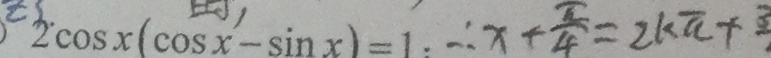
2 \cos x ( \cos x - \sin x ) = 1 \therefore x + \frac { \pi } { 4 } = 2 k \pi +